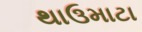
થાઉમાટા